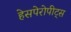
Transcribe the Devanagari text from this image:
हेसपेरोपीट्स